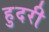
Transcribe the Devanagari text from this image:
हुदरी